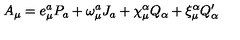
A _ { \mu } = e _ { \mu } ^ { a } P _ { a } + \omega _ { \mu } ^ { a } J _ { a } + \chi _ { \mu } ^ { \alpha } Q _ { \alpha } + \xi _ { \mu } ^ { \alpha } Q _ { \alpha } ^ { \prime }